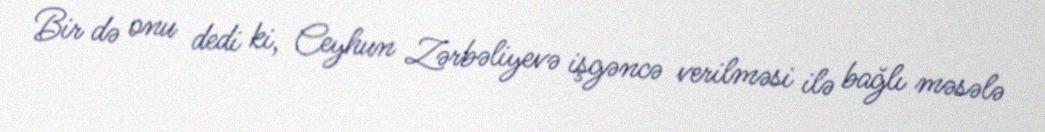
Bir də onu dedi ki, Ceyhun Zərbəliyevə işgəncə verilməsi ilə bağlı məsələ